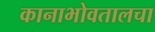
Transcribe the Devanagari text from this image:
कानाभोवतालचा